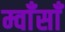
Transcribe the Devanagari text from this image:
म्वाँसाँ